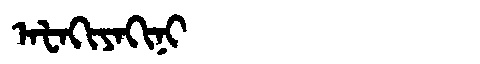
Manchu: ᠠᡶᠠᡴᡳᠶᠠᡴᡳᠨᡳ
Romanization: AFAKIYAKINI